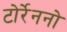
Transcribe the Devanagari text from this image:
टोर्रेननो